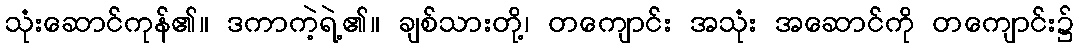
သုံးဆောင်ကုန်၏။ ဒကာကဲ့ရဲ့၏။ ချစ်သားတို့၊ တကျောင်း အသုံး အဆောင်ကို တကျောင်း၌